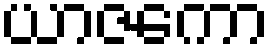
ယာဇကော